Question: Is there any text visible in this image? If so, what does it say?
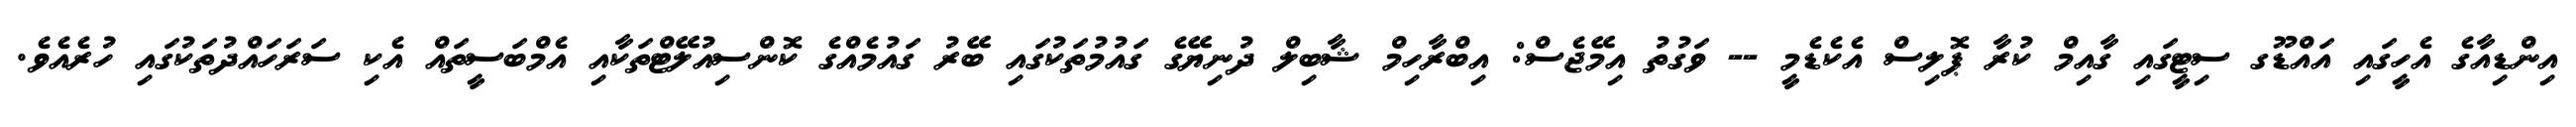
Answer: އިންޑިއާގެ އެހީގައި އައްޑޫގ ސިޓީގައި ގާއިމް ކުރާ ޕޮލިސް އެކެޑެމީ -- ވަގުތު އިމޭޖެސް: އިބްރާހިމް ޝާބިލް ދުނިޔޭގެ ގައުމުތަކުގައި ބޭރު ގައުމެއްގެ ކޮންސިއުލޭޓްތަކާއި އެމްބަސީތައް އެކި ސަރަހައްދުތަކުގައި ހުރެއެވެ.